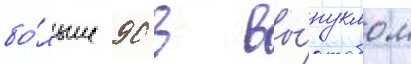
бо́льше 90 в вы́пуклом